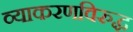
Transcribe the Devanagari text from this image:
व्याकरणविरुद्ध